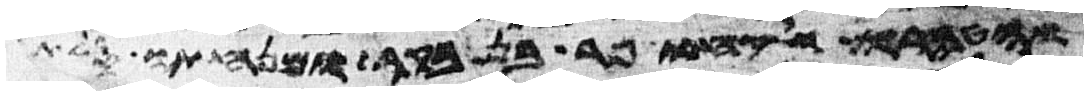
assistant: והטהרו ולקחו פר בן בקר ומנחתו סלת